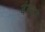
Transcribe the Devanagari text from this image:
बंन्घन